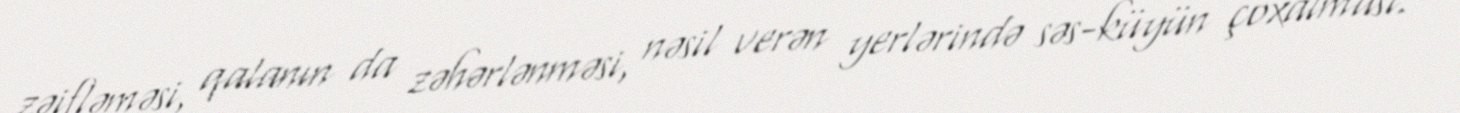
zəifləməsi, qalanın da zəhərlənməsi, nəsil verən yerlərində səs-küyün çoxalması.